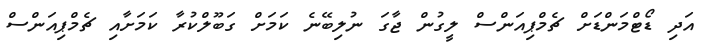
އަދި ޑޯޓްމަންޑަށް ޗެމްޕިއަންސް ލީގުން ޖާގަ ނުލިބޭނެ ކަމަށް ގަބޫލްކުރާ ކަމަށާއި ޗެމްޕިއަންސް